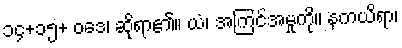
၁၄+၁၅+ ဝဒေ၊ ဆိုရာ၏။ ယံ၊ အကြင်အမှုကို။ နကယိရာ၊